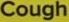
Cough